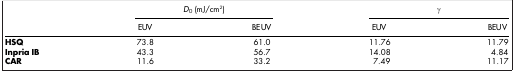
<table><thead><tr><td><b> </b></td><td colspan="2"><b><i>D</i><sub>0</sub> (mJ/cm<sup>2</sup>)</b></td><td colspan="2"><b>γ</b></td></tr><tr><td><b> </b></td><td><b>EUV</b></td><td><b>BEUV</b></td><td><b>EUV</b></td><td><b>BEUV</b></td></tr></thead><tbody><tr><td><b>HSQ</b></td><td>73.8</td><td>61.0</td><td>11.76</td><td>11.79</td></tr><tr><td><b>Inpria IB</b></td><td>43.3</td><td>56.7</td><td>14.08</td><td>4.84</td></tr><tr><td><b>CAR</b></td><td>11.6</td><td>33.2</td><td>7.49</td><td>11.17</td></tr></tbody></table>